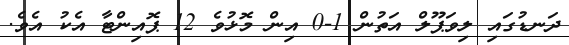
ދަނޑުގައި ލިވަޕޫލް އަތުން 1-0 އިން މޮޅުވެ 12 ޕޮއިންޓާ އެކު އެވެ.